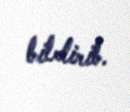
bildirib.